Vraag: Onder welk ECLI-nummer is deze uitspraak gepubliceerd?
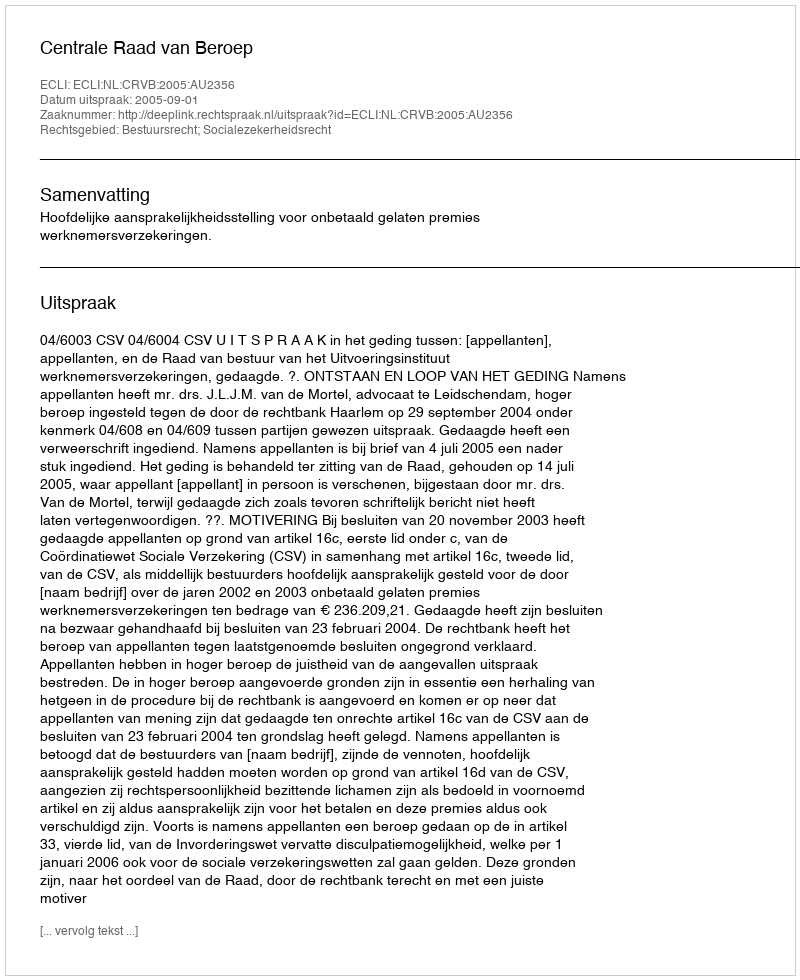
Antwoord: ECLI:NL:CRVB:2005:AU2356